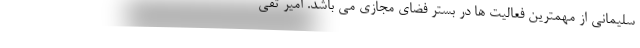
سلیمانی از مهمترین فعالیت ها در بستر فضای مجازی می باشد. امیر تقی